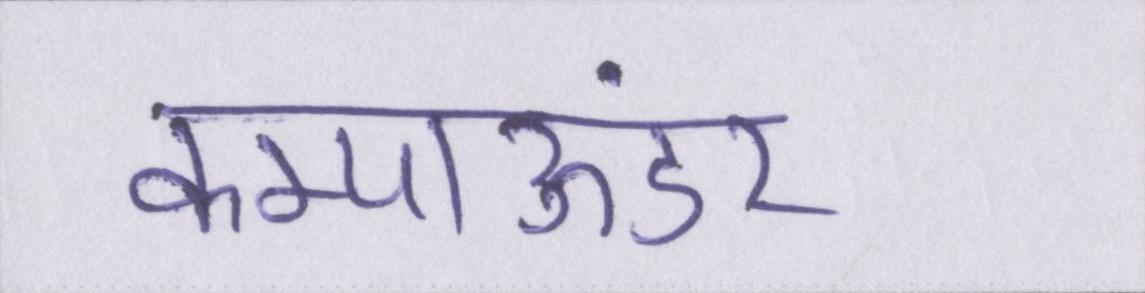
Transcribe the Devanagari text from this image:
कम्पाऊंडर